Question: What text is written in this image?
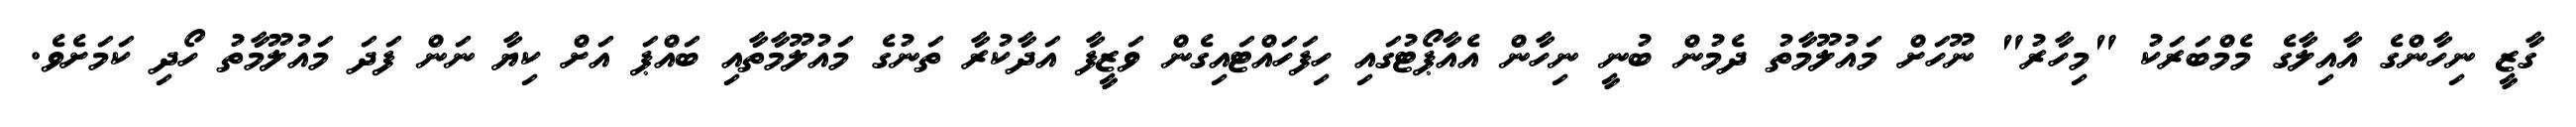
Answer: ގާޒީ ނިހާންގެ އާއިލާގެ މެމްބަރަކު "މިހާރު" ނޫހަށް މައުލޫމާތު ދެމުން ބުނީ ނިހާން އެއާޕޯޓުގައި ހިފަހައްޓައިގެން ވަޒީފާ އަދާކުރާ ތަނުގެ މައުލޫމާތާއި ބައްޕަ އަށް ކިޔާ ނަން ފަދަ މައުލޫމާތު ހޯދި ކަމަށެވެ.